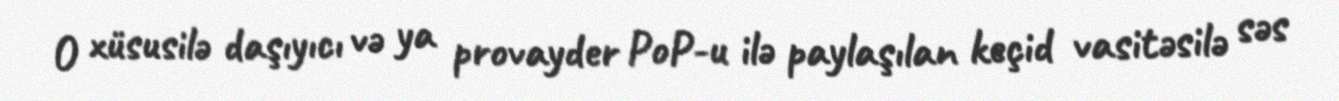
O xüsusilə daşıyıcı və ya provayder PoP-u ilə paylaşılan keçid vasitəsilə səs